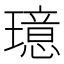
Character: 𪼦